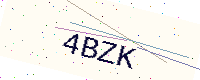
Text: 4BZK